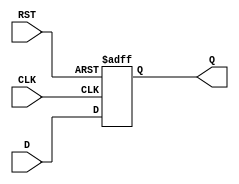
module IntermediateRegister (
    input wire [N-1:0] D,   // Data Input
    input wire CLK,         // Clock Input
    input wire RST,         // Asynchronous Reset
    output reg [N-1:0] Q    // Data Output
);
    parameter N = 8;        // Define the width of the register (default is 8 bits)

    // Always block for capturing data on clock edge and handling reset
    always @(posedge CLK or posedge RST) begin
        if (RST) begin
            Q <= {N{1'b0}};  // Asynchronous reset to zero
        end else begin
            Q <= D;          // Capture input data on clock edge
        end
    end
endmodule